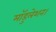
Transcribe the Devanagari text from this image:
मॉडुलेशन।